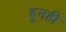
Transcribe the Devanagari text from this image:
हूनही